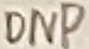
Text: DNP